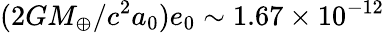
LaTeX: (2GM_{\oplus}/c^{2}a_{0})e_{0}\sim 1.67\times 10^{-12}